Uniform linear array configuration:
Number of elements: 48
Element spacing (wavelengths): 0.75
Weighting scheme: uniform
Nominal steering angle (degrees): -30
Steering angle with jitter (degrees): -28.025
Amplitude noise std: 0.05
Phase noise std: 0.05

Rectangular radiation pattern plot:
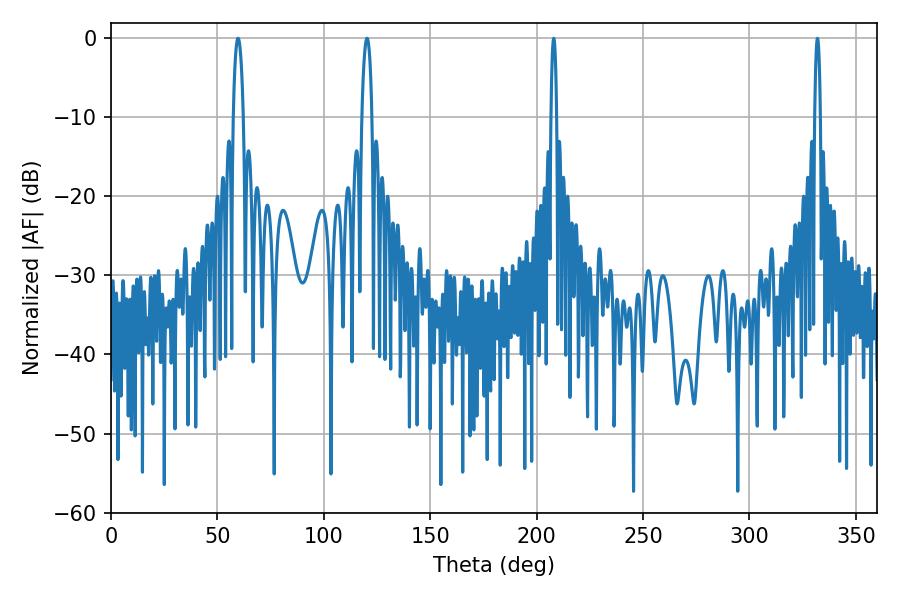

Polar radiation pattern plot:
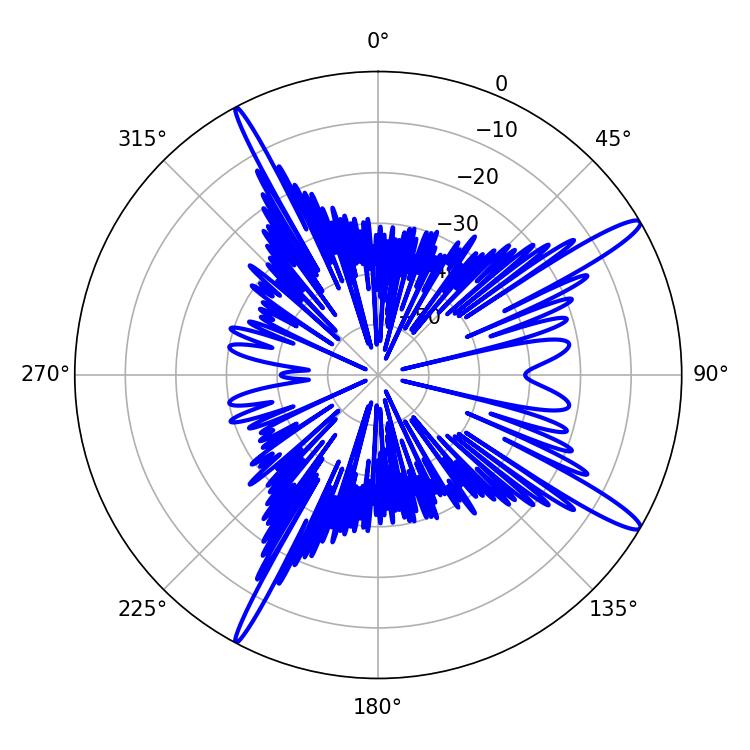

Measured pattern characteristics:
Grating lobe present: TRUE
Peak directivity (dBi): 14.848
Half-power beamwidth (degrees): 2.7
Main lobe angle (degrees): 59.76